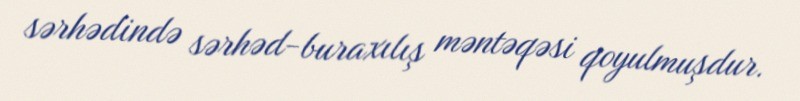
sərhədində sərhəd-buraxılış məntəqəsi qoyulmuşdur.